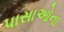
પાસાઓના